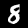
Label: 8